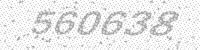
Solution: 560638